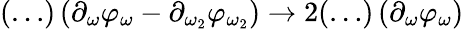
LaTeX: (\ldots)\left(\partial_{\omega}\varphi_{\omega}-\partial_{\omega_{2}}\varphi_{\omega_{2}}\right)\to 2(\ldots)\left(\partial_{\omega}\varphi_{\omega}\right)